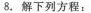
8.解下列方程：